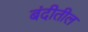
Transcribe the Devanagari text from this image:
बंदीतील